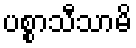
ပစ္စာသီသာမိ